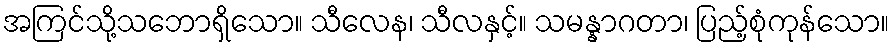
အကြင်သို့သဘောရှိသော။ သီလေန၊ သီလနှင့်။ သမန္နာဂတာ၊ ပြည့်စုံကုန်သော။